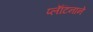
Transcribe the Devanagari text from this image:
प्लॅटिनाने